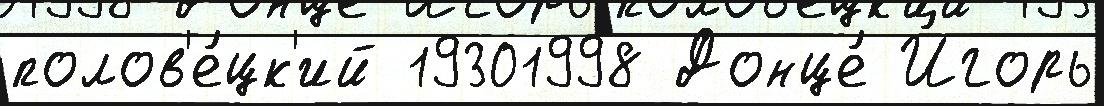
полов'е́цк'ий 19301998 Донце́ И́горь